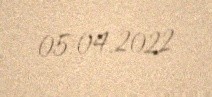
05.04.2022